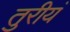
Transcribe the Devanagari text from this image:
तुरीयं